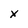
Character: X